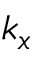
k _ { x }